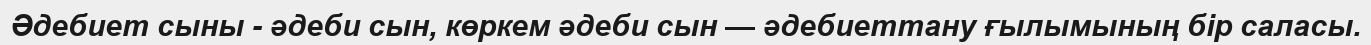
Әдебиет сыны - әдеби сын, көркем әдеби сын — әдебиеттану ғылымының бір саласы.